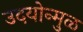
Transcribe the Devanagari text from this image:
उदयोन्मुळ